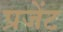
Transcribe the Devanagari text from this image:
प्रजेंट